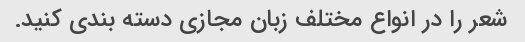
شعر را در انواع مختلف زبان مجازی دسته بندی کنید.